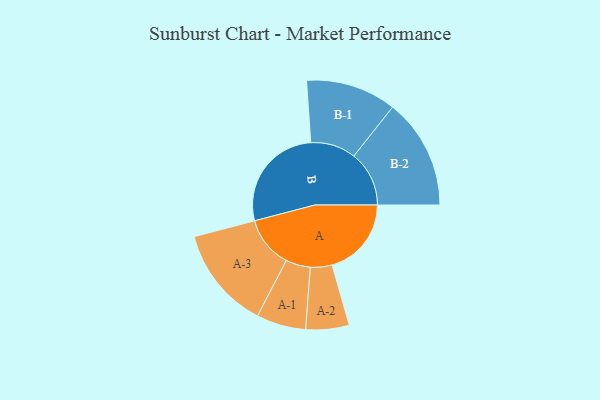
{"axis": {"x": "Segment", "y": "Value"}, "legend": ["", "A", "B"], "data": [{"x": "A", "y": 366, "type": ""}, {"x": "B", "y": 498, "type": ""}, {"x": "A-1", "y": 114, "type": "A"}, {"x": "A-2", "y": 100, "type": "A"}, {"x": "A-3", "y": 237, "type": "A"}, {"x": "B-1", "y": 209, "type": "B"}, {"x": "B-2", "y": 255, "type": "B"}]}